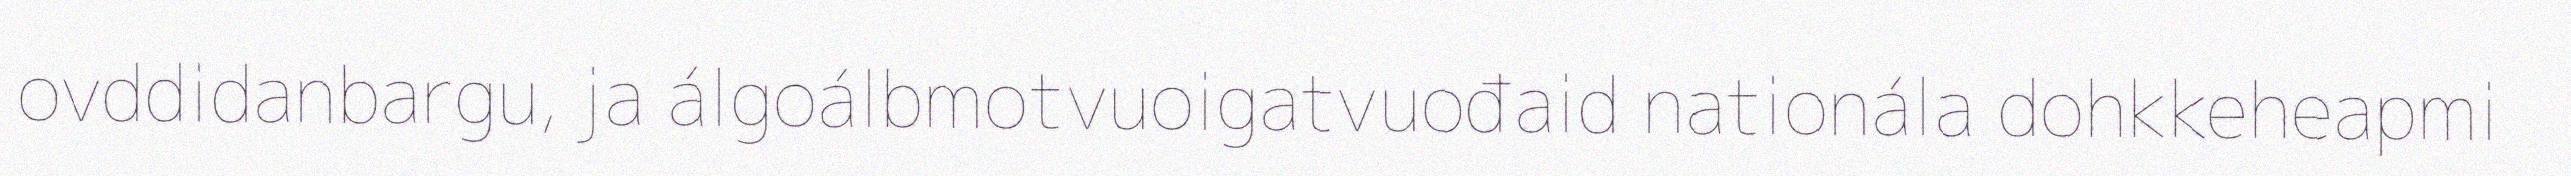
ovddidanbargu, ja álgoálbmotvuoigatvuođaid nationála dohkkeheapmi